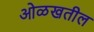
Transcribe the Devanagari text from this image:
ओळखतील